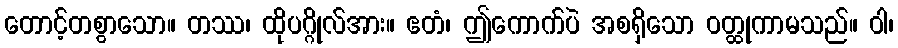
တောင့်တစွာသော။ တဿ၊ ထိုပဂ္ဂိုလ်အား။ ဧတံ၊ ဤကောက်ပဲ အစရှိသော ဝတ္ထုကာမသည်။ ဝါ၊